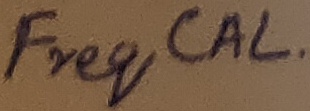
Text: Freq CAL.